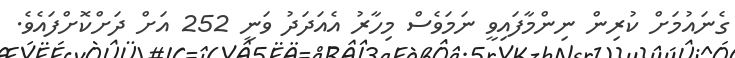
ގެނައުމަށް ކުރިން ނިންމާފައިވީ ނަމަވެސް މިހާރު އެއަދަދު ވަނީ 252 އަށް ދަށްކޮށްފައެވެ.